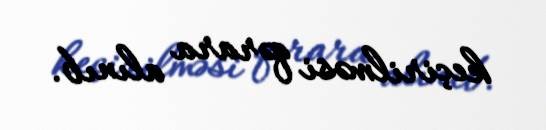
keçirilməsi qərara alınıb.